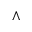
\wedge